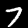
Label: 7